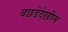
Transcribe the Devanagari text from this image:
बछडेदेखील